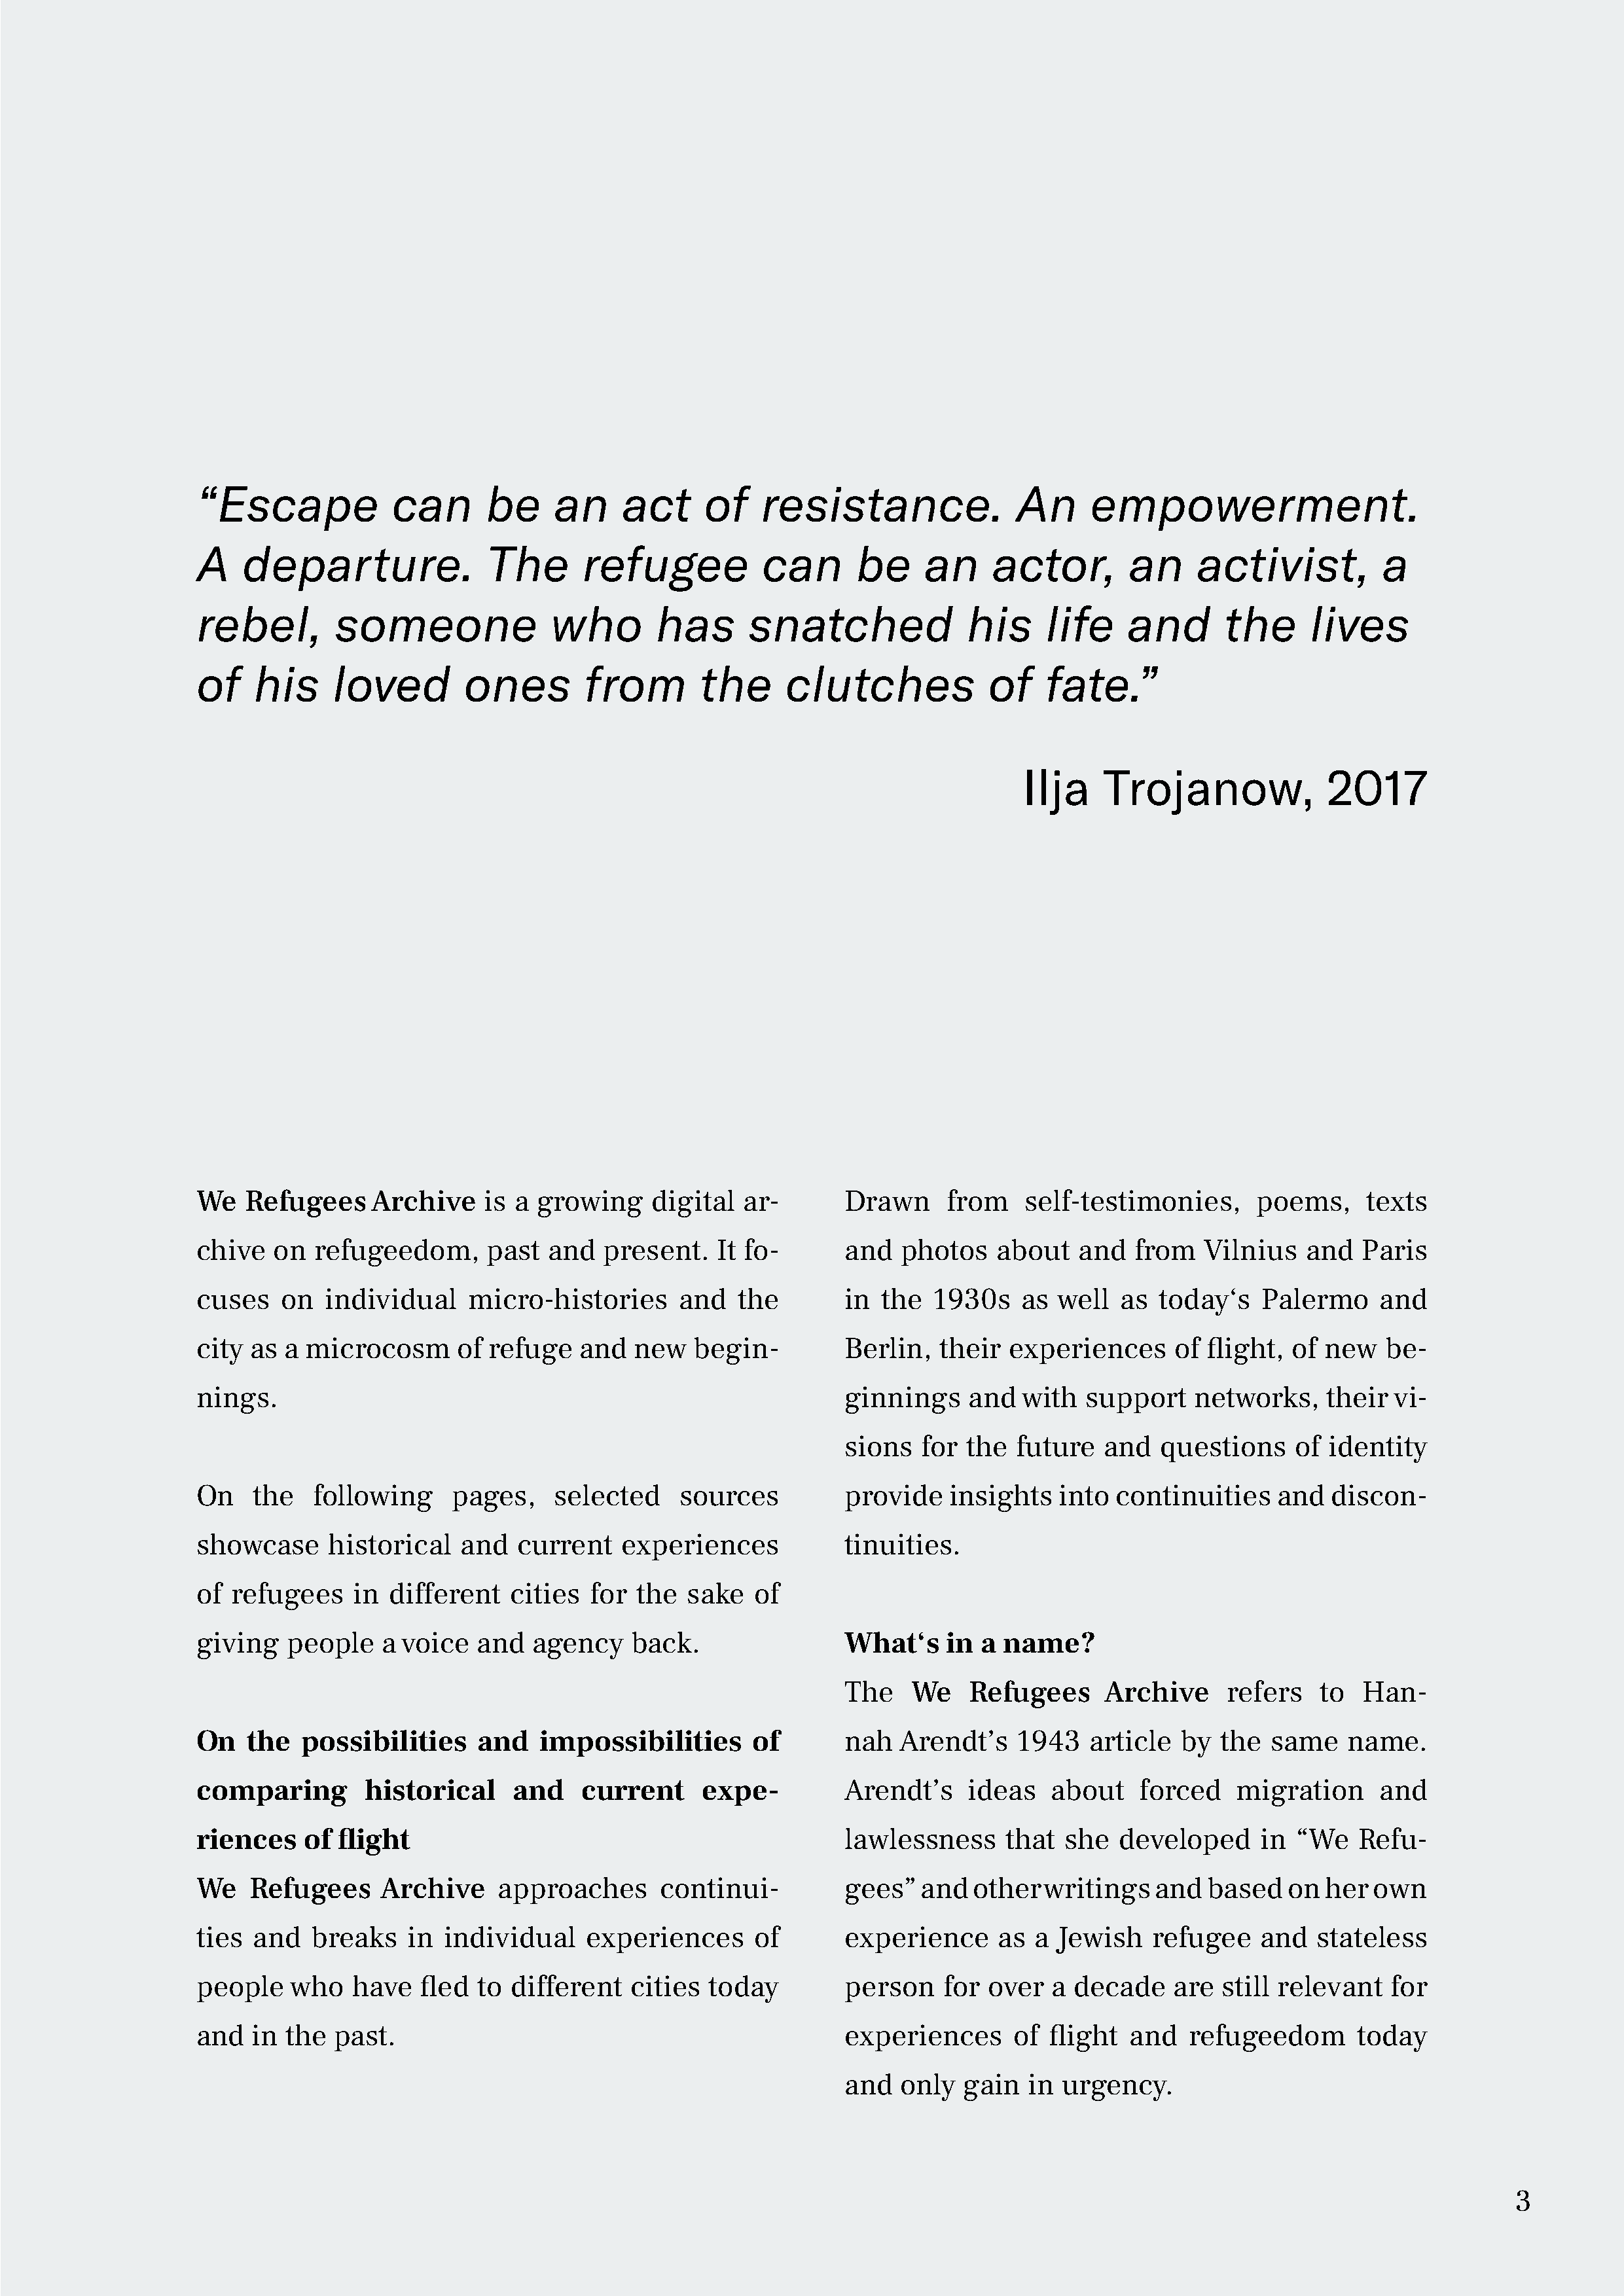
“Escape             can      be     an     act     of    resistance.               An     empowerment.
 A   departure.               The       refugee           can       be    an     actor,        an     activist,          a
 rebel,        someone               who       has       snatched              his     life    and       the     lives
 of    his     loved        ones        from        the     clutches             of    fate.”
 Ilja     Trojanow,             2017
 We   Refugees     Archive    is a growing     digital  ar-       Drawn      from    self-testimonies,      poems,     texts
 chive   on  refugeedom,      past  and   present.   It fo-       and   photos    about   and   from   Vilnius   and   Paris
 cuses   on   individual    micro-histories       and   the       in  the  1930s    as  well  as  today‘s    Palermo    and
 city as  a microcosm      of refuge    and  new   begin-         Berlin,   their  experiences      of flight,  of new   be-
 nings.                                                           ginnings     and  with   support    networks,    their  vi-
 sions   for  the  future   and  questions     of identity
 On    the   following     pages,    selected     sources         provide    insights   into  continuities    and   discon-
 showcase     historical    and  current    experiences           tinuities.
 of refugees     in different    cities  for the  sake   of
 giving   people    a voice  and   agency    back.                What‘s     in a name?
 The    We    Refugees      Archive     refers   to   Han-
 On   the  possibilities     and    impossibilities      of       nah   Arendt’s    1943   article  by  the  same    name.
 comparing        historical     and    current     expe-         Arendt’s     ideas   about    forced    migration     and
 riences    of flight                                             lawlessness      that  she  developed     in  “We   Refu-
 We   Refugees      Archive    approaches       continui-         gees”   and  other   writings   and  based   on  her  own
 ties  and  breaks    in  individual    experiences      of       experience      as  a Jewish    refugee   and   stateless
 people   who    have   fled to  different   cities  today        person    for  over  a  decade    are  still relevant   for
 and  in  the  past.                                              experiences       of flight  and   refugeedom       today
 and   only  gain   in urgency.
 3